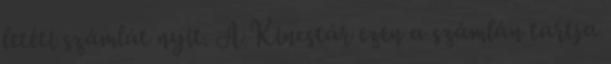
letéti számlát nyit. A Kincstár ezen a számlán tartja